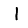
Digit: 1